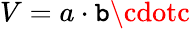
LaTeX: V=a\cdot\mathtt{b}\cdotc